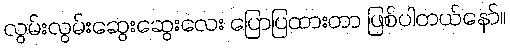
လွမ်းလွမ်းဆွေးဆွေးလေး ပြောပြထားတာ ဖြစ်ပါတယ်နော်။